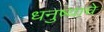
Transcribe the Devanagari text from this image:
धनुष्याचे